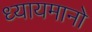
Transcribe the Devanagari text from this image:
ध्यायमानो